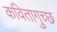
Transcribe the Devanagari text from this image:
कवितागुच्छ